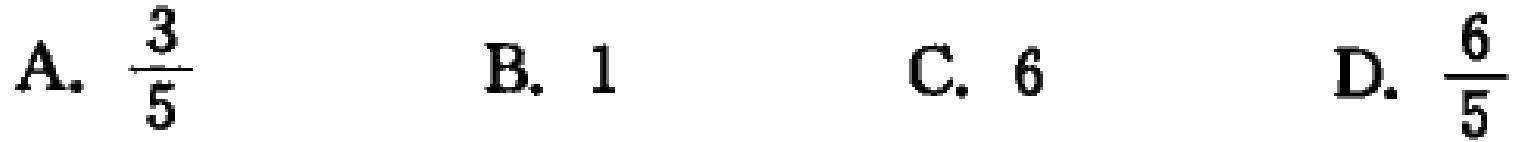
A. $\frac{3}{5}$  B. $1$  C. $6$  D. $\frac{6}{5}$